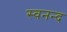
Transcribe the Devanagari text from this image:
स्वनन्द